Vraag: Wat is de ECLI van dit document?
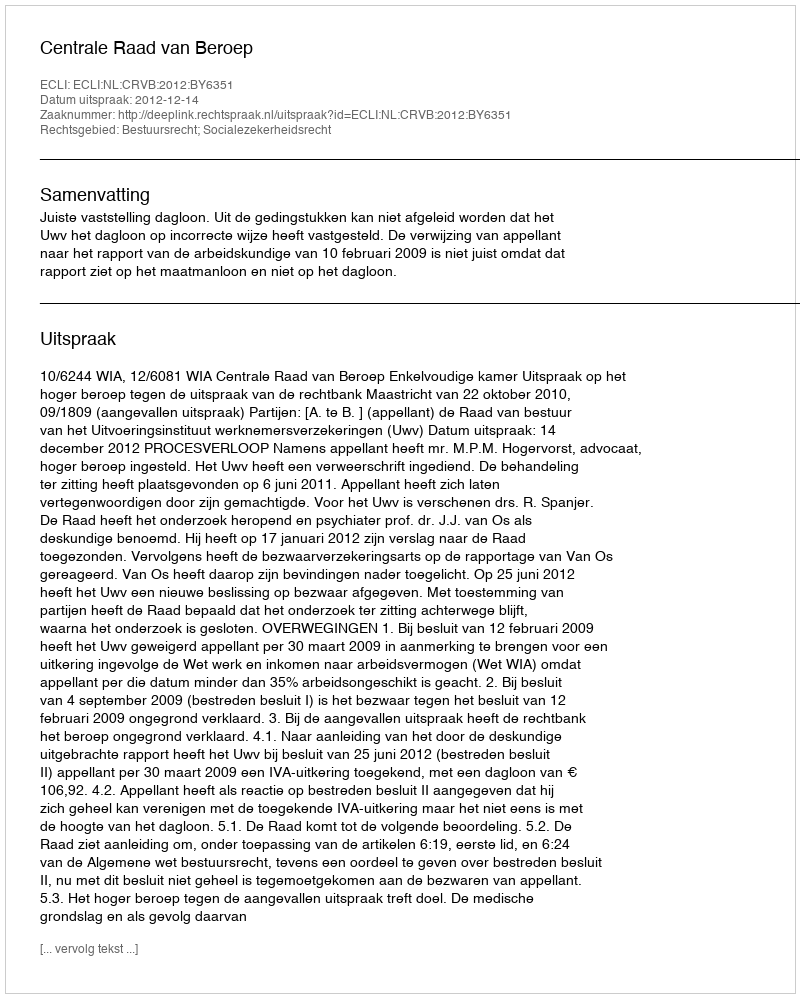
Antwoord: ECLI:NL:CRVB:2012:BY6351